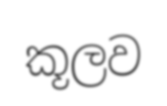
කූලව